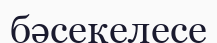
бәсекелесе